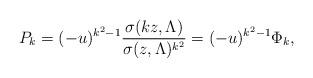
LaTeX: \begin{align*}P_{k} = (-u)^{k^2-1} \frac{\sigma(kz, \Lambda) }{ \sigma(z,\Lambda)^{k^2}}= (-u)^{k^2-1} \Phi_{k},\end{align*}